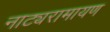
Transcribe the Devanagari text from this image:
नाट्यरामायण